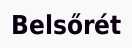
Belsőrét